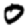
Digit: 0